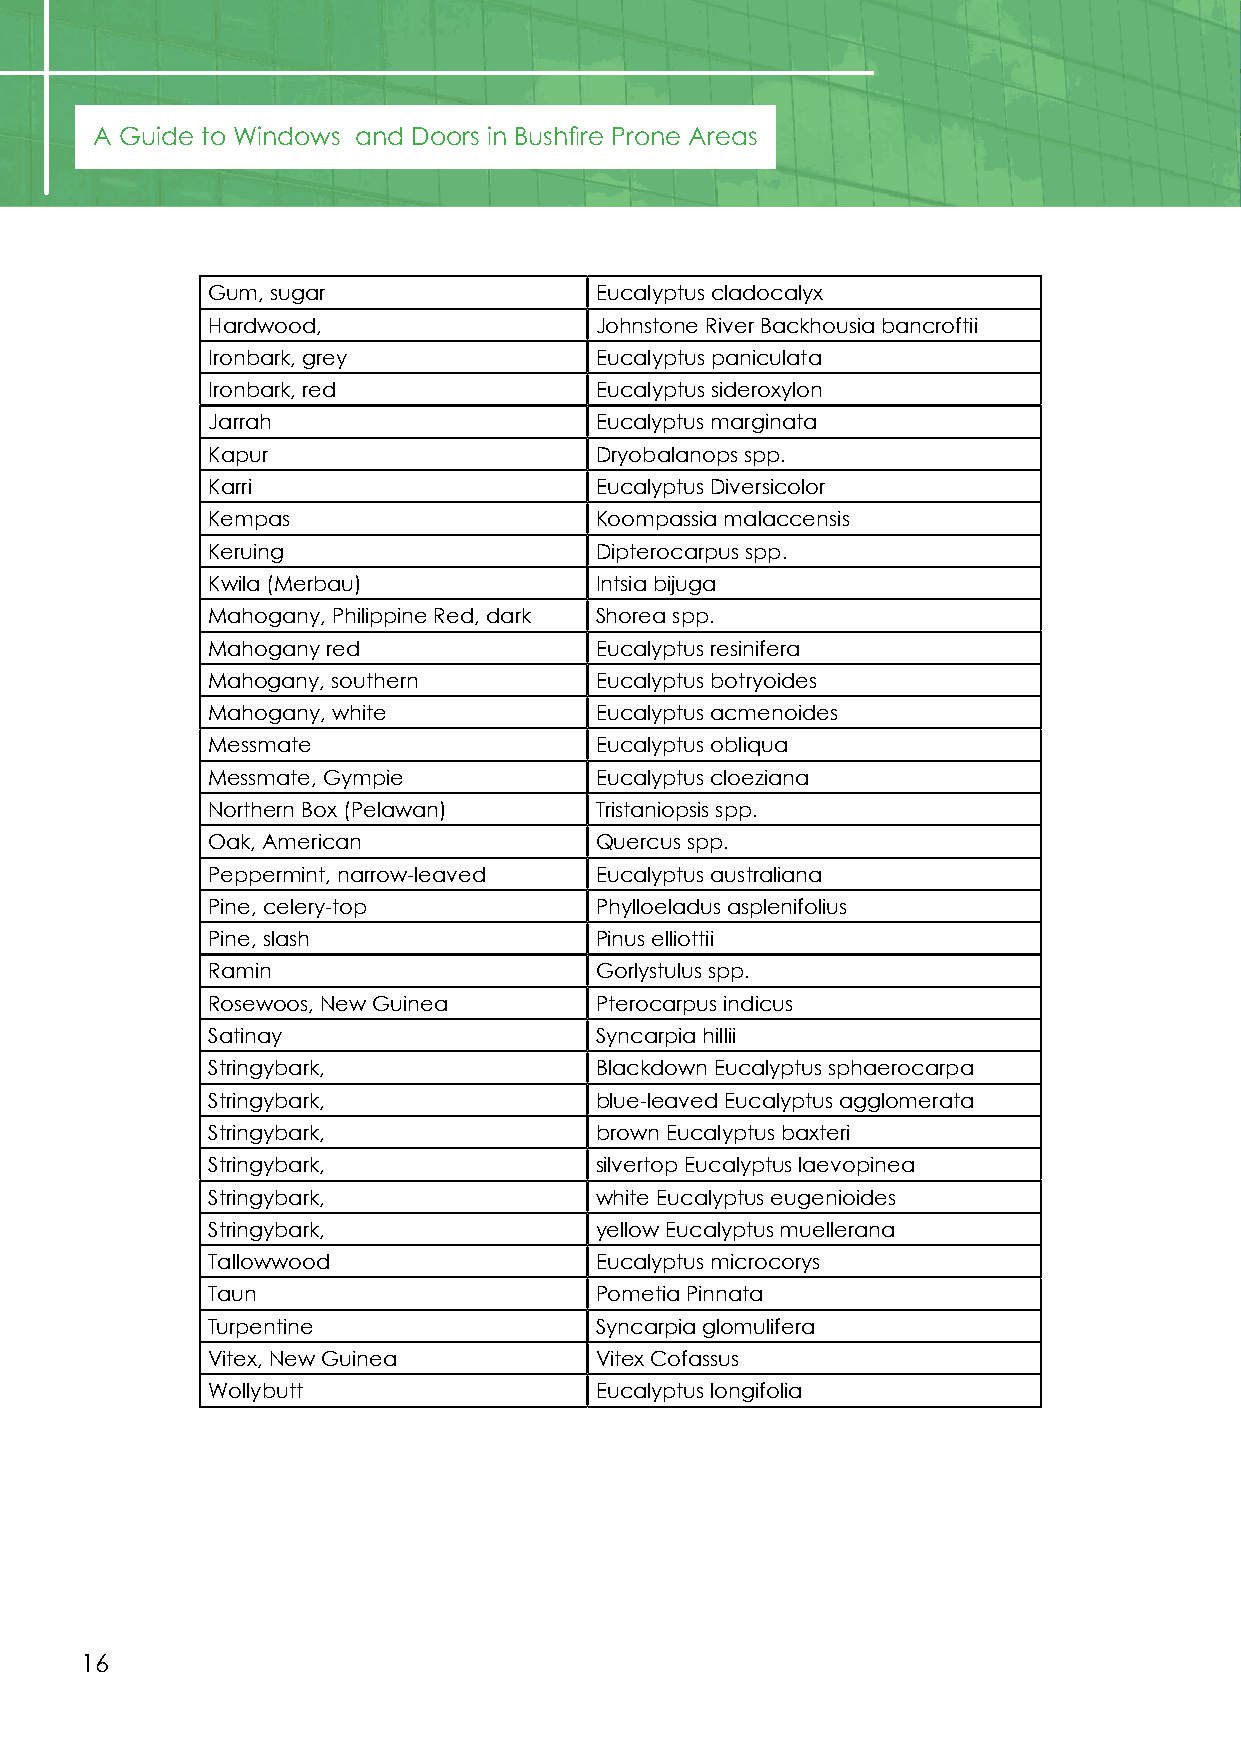
A Guide to Windows and Doors in Bushfire Prone Areas
 Gum, sugar               Eucalyptus cladocalyx
 Hardwood,                Johnstone River Backhousia bancroftii
 Ironbark, grey           Eucalyptus paniculata
 Ironbark, red            Eucalyptus sideroxylon
 Jarrah                   Eucalyptus marginata
 Kapur                    Dryobalanops spp.
 Karri                    Eucalyptus Diversicolor
 Kempas                   Koompassia malaccensis
 Keruing                  Dipterocarpus spp.
 Kwila (Merbau)           Intsia bijuga
 Mahogany, Philippine Red, dark Shorea spp.
 Mahogany red             Eucalyptus resinifera
 Mahogany, southern       Eucalyptus botryoides
 Mahogany, white          Eucalyptus acmenoides
 Messmate                 Eucalyptus obliqua
 Messmate, Gympie         Eucalyptus cloeziana
 Northern Box (Pelawan)   Tristaniopsis spp.
 Oak, American            Quercus spp.
 Peppermint, narrow-leaved Eucalyptus australiana
 Pine, celery-top         Phylloeladus asplenifolius
 Pine, slash              Pinus elliottii
 Ramin                    Gorlystulus spp.
 Rosewoos, New Guinea     Pterocarpus indicus
 Satinay                  Syncarpia hillii
 Stringybark,             Blackdown Eucalyptus sphaerocarpa
 Stringybark,             blue-leaved Eucalyptus agglomerata
 Stringybark,             brown Eucalyptus baxteri
 Stringybark,             silvertop Eucalyptus laevopinea
 Stringybark,             white Eucalyptus eugenioides
 Stringybark,             yellow Eucalyptus muellerana
 Tallowwood               Eucalyptus microcorys
 Taun                     Pometia Pinnata
 Turpentine               Syncarpia glomulifera
 Vitex, New Guinea        Vitex Cofassus
 Wollybutt                Eucalyptus longifolia
 16